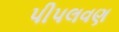
પીપલવણ